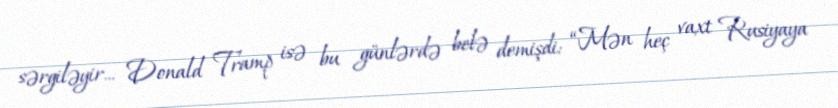
sərgiləyir... Donald Tramp isə bu günlərdə belə demişdi: “Mən heç vaxt Rusiyaya